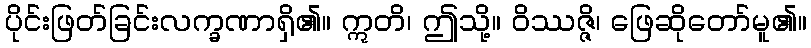
ပိုင်းဖြတ်ခြင်းလက္ခဏာရှိ၏။ ဣတိ၊ ဤသို့။ ဝိဿဇ္ဇိ၊ ဖြေဆိုတော်မူ၏။